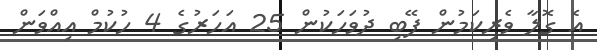
އެ ގޮލާ ވެރިކަމުން ފޭބި ދުވަހަކުން 25 އަހަރުގެ 4 ހުކުމްް އިއްވަން